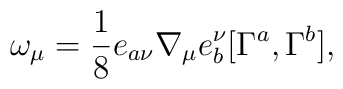
\omega_{\mu}=\frac{1}{8}e_{a\nu}\nabla_\mu e^\nu_b[\Gamma^a,\Gamma^b],